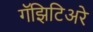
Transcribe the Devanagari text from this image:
गॅझिटिअरे